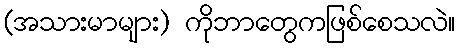
(အသားမာများ) ကိုဘာတွေကဖြစ်စေသလဲ။